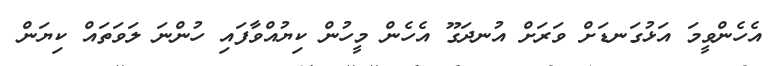
އެހެންވީމަ އަޅުގަނޑަށް ވަރަށް އުނދަގޫ އެހެން މީހުން ކިޔުއްވާފައި ހުންނަ ލަވަތައް ކިޔަން